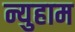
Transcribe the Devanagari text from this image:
न्युहाम